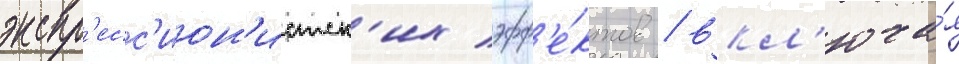
экспр'есс'ион'истск'их эфф'е́ктов / вкл'юча́я